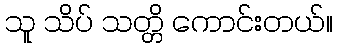
သူ သိပ် သတ္တိ ကောင်းတယ်။